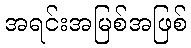
အရင်းအမြစ်အဖြစ်